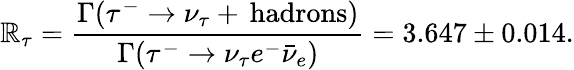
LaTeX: \mathbb{R}_{\tau}=\frac{{\Gamma(\tau^{-}\to\nu_{\tau}+\, \mathrm{{hadrons)}}}}{{\Gamma(\tau^{-}\to\nu_{\tau}e^{-}\bar{{\nu}}_{e})}}=3.647\pm0.014.